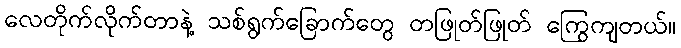
လေတိုက်လိုက်တာနဲ့ သစ်ရွက်ခြောက်တွေ တဖြုတ်ဖြုတ် ကြွေကျတယ်။